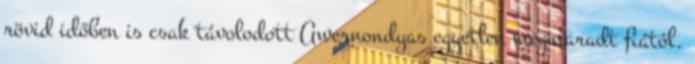
rövid időben is csak távolodott Awernondyas egyetlen megmaradt fiától.